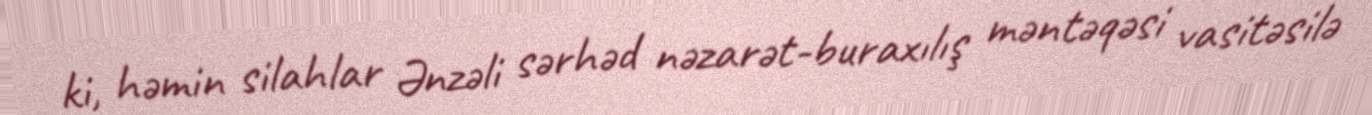
ki, həmin silahlar Ənzəli sərhəd nəzarət-buraxılış məntəqəsi vasitəsilə